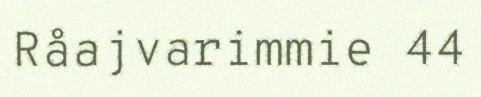
Råajvarimmie 44